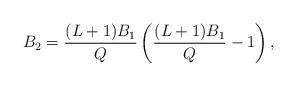
LaTeX: \begin{align*} B_2 = \frac{(L+1)B_1}{Q} \left(\frac{(L+1)B_1}{Q} - 1\right), \end{align*}